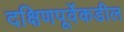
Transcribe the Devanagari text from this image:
दक्षिणपूर्वेकडील